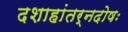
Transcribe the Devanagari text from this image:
दशाहांतर्नदोषः